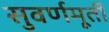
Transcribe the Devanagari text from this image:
सुवर्णमूर्ती